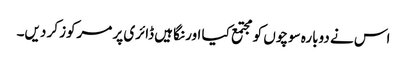
اس نے دوبارہ سوچوں کو مجتمع کیا اور نگاہیں ڈائری پر مرکوز کر دیں۔